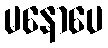
မနောပေ